Madras plague regulations in force outside the Presidency town - Volume 6
Disease focus: Plague
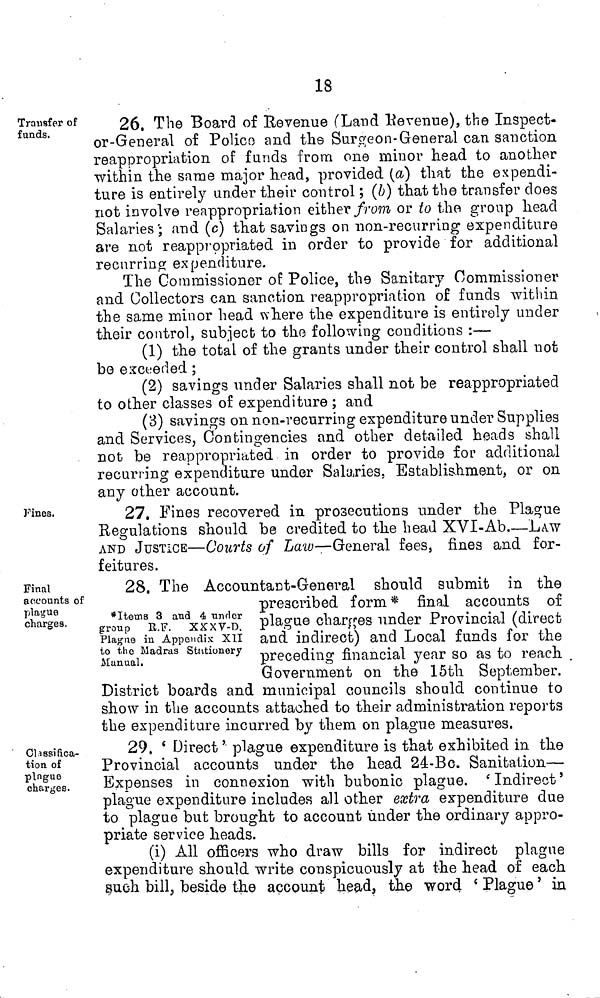
18
Transfer of
funds.
26. The Board of Revenue (Land Revenue), the Inspect-
or-General of Polico and the Surgeon-General can sanction
reappropriation of funds from one minor head to another
within the same major head, provided (a) that the expendi-
ture is entirely ander their control ; (b) that the transfer does
not involve reappropriation either from or to the group head
Salaries; and (c) that savings on non-recurring expenditure
are not reapprppriated in order to provide for additional
recurring expenditure.
The Commissioner of Police, the Sanitary Commissioner
and Collectors can sanction reappropriation of funds within
the same minor head where the expenditure is entirely under
their control, subject to the following conditions :—
(1) the total of the grants under their control shall not
be exceeded ;
(2) savings under Salaries shall not be reappropriated
to other classes of expenditure ; and
(3) savings on non-recurring expenditure under Supplies
and Services, Contingencies and other detailed heads shall
not be reappropriated in order to provide for additional
recurring expenditure under Salaries, Establishment, or on
any other account.
Fines.
27, Fines recovered in prosecutions under the Plague
Regulations should be credited to the head XVI-Ab.—LAW
AND JUSTICE—Courts of Law—General fees, fines and for-
feitures.
Final
accounts of
plague
charges.
*Items 3 and 4 nnrler
group R.F. XXXV-D.
Plague in Appendix XII
to the Madras Stationery
Manual.
28, The Accountant-General should submit in the
prescribed form* final accounts of
plague charges under Provincial (direct
and indirect) and Local funds for the
preceding financial year so as to reach
Government on the 15th September.
District boards and municipal councils should continue to
show in the accounts attached to their administration reports
the expenditure incurred by them on plague measures.
Classifica-
tion of
pingue
charges.
29. * Direct ' plague expenditure is that exhibited in the
Provincial accounts under the head 24-Bc. Sanitation—
Expenses in connexion with bubonic plague.
'Indirect'
plague expenditure includes all other extra expenditure due
to plague but brought to account under the ordinary appro-
priate service heads.
(i) All officers who draw bills for indirect plague
expenditure should write conspicuously at the head of each
such bill, beside the account head, the word 'Plague' in